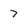
Character: 7